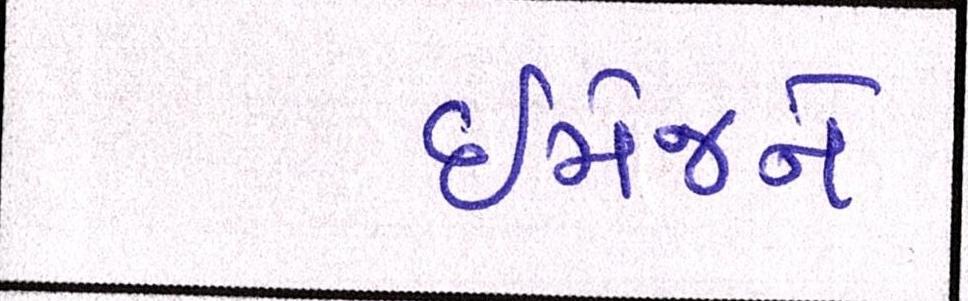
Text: ઈમેજને